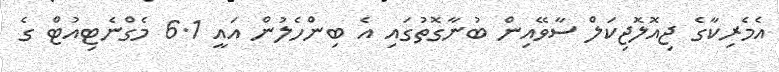
އެމެރިކާގެ ޖިއޮލޮޖިކަލް ސާވޭއިން ބުނާގޮތުގައި އެ ބިންހެލުން އައީ 6.1 މެގްނެޓިއުޓް ގެ